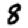
Digit: 8